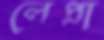
লেপ্রা